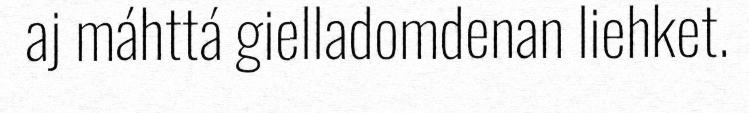
aj máhttá gielladomdenan liehket.